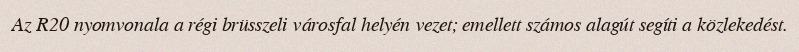
Az R20 nyomvonala a régi brüsszeli városfal helyén vezet; emellett számos alagút segíti a közlekedést.